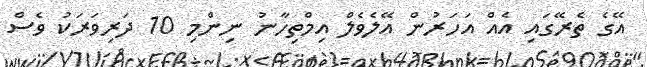
އޭގެ ތެރޭގައި އެއް އަހަރުން އޭލެވެލް އިމްތިހާނު ނިންމި 10 ދަރިވަރަކު ވެސް